Calcutta medical institutions reports 1892-1900
Year: 1892
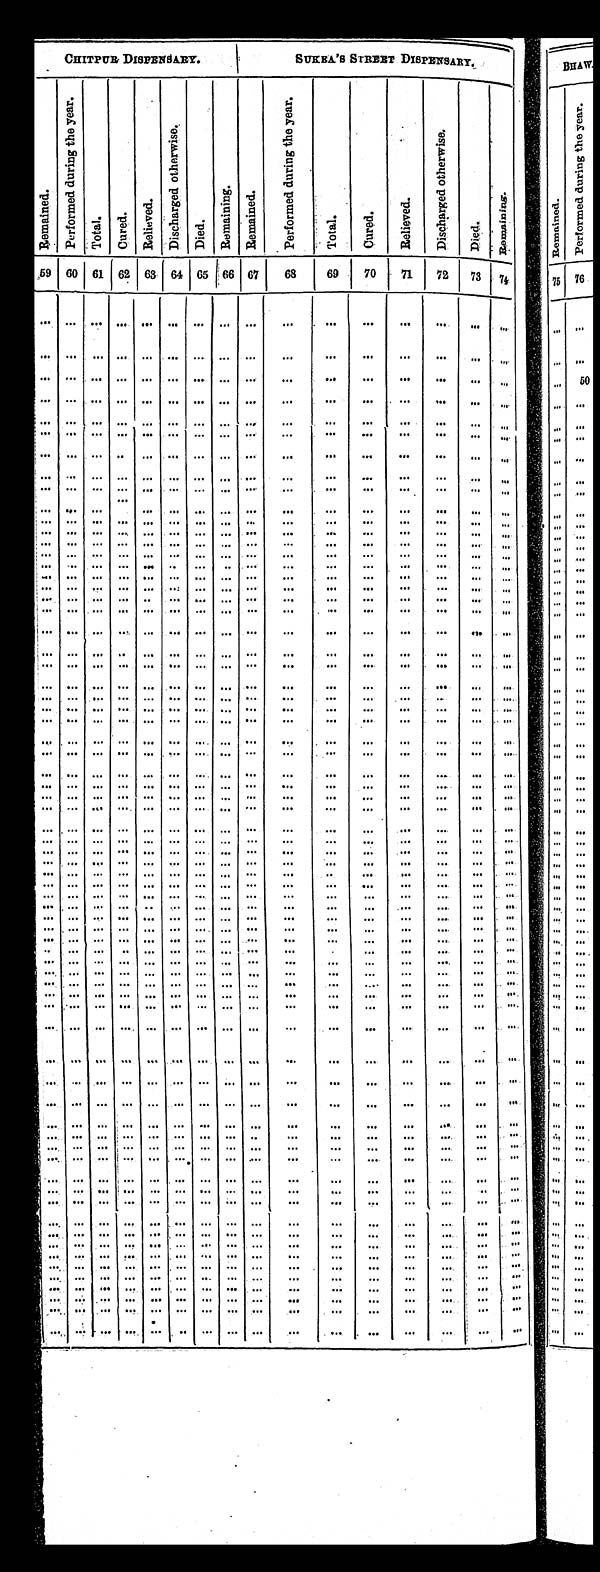
CHITPUR DISPENSARY .
SUKEA'S STREET DISPENSARY.
Remai ned.
P e r f o r m e d d u r i n g t h e y e a r .
Tot al . Cured.
R e l i e v e d .
D i s c h a r g e d o t h e r w i s e .
Di ed.
Remai ni ng. Remai ned.
P e r f o r m e d d u r i n g t h e y e a r .
Total.
Cured.
Rel i eved.
D i s c h a r g e d o t h e r w i s e .
Died.
Remai ni ng.
59 60 61 62 63 64 65 66 67
68
69
70
71
72
73 74
. . .
. . .. . .
. . .
. . .
. . .
. . .
. . .
. . .
. . .
. . .. . .
. . .
. . .
. . .
. . .
. . .
. . .
. . .
. . .
. . .
. . .
. . .
. . .
. . .
. . .
. . .. . .
. . .
. . .
. . .
. . .
. . .
. . .. . .
. . .
. . .
. . .
. . .
. . .
. . .
. . .
. . .. . .
. . .
. . .
. . .
. . .
. . .
. . . . . .
. . .
. . .
. . .
. . .
. . .
. . .
. . .
. . .. . .
. . .
. . .
. . .
. . .
. . .
. . .
. . .
. . .
. . .
. . .
. . .
. . .
. . .
. . .
. . .. . .
. . .
. . .
. . .
. . .
. . .
. . .
. . .
. . .
. . .
. . . . . .
. . .
. . .
. . .
. . .. . .
. . .
. . .
. . .
. . .
. . .
. . .
. . .
. . .
. . .
. . .
. . .
. . .
. . .
. . .
. . .. . .
. . .
. . .
. . .
. . .
. . .
. . .
. . .
. . .
. . .
. . .
. . .
. . .
. . .
. . .
. . .. . .
. . .
. . .
. . .
. . .
. . .
. . .
. . .
. . .
. . .
. . .
. . .
. . .
. . .
. . .
. . .. . .
. . .
. . .
. . .
. . .
. . .
. . .
. . .
. . .
. . .
. . .
. . .
. . .
. . .
. . .
. . .
. . .
. . .
. . .
. . .
. . .
. . .
. . .
. . .
. . .
. . .
. . .
. . .
. . .
. . .
. . .
. . .
. . .
. . .
. . .
. . .
. . .
. . .
. . .
. . .
. . .
. . .
. . .
. . .
. . .
. . .
. . .
. . .
. . .
. . .
. . .
. . .
. . .
. . .
. . .
. . .
. . .
. . .
. . .
. . .
. . .
. . .
. . .
. . .
. . .
. . .
. . .
. . .
. . .
. . .
. . .
. . .
. . .
. . .
. . .
. . .
. . .
. . .
. . .
. . .
. . .
. . .
. . .
. . .
. . .
. . .
. . .
. . .
. . .
. . .
. . .
. . .
. . .
. . .
. . .
. . .
. . .
. . .
. . .
. . .
. . .
. . .
. . .
. . .
. . .
. . .
. . .
. . .
. . .
. . .
. . .
. . .
. . .
. . .
. . .
. . .
. . .
. . .
. . .
. . .
. . .
. . .
. . .
. . .
. . .
. . .
. . .
. . .
. . .
. . .
. . .
. . .
. . .
. . .
. . .
. . .
. . .
. . .
. . .
. . .
. . .
. . .
. . .
. . .
. . .
. . .
. . .
. . .
. . .
. . .
. . .
. . .
. . .
. . .
. . .
. . .
. . .
. . .
. . .
. . .
. . .
. . .
. . .
. . .
. . .
. . .
. . .
. . .
. . .
. . .
. . .
. . .
. . .
. . .
. . .
. . .
. . .
. . .
. . .
. . .
. . .
. . .
. . .
. . .
. . .
. . .
. . .
. . .
. . .
. . .
. . .
. . .
. . .
. . .
. . .
. . .
. . .
. . .
. . .
. . .
. . .
. . .
. . .
. . .
. . .
. . .
. . .
. . .
. . .
. . .
. . .
. . .
. . .
. . .
. . .
. . .
. . .
. . .
. . .
. . .
. . .
. . .
. . .
. . .
. . .
. . .
. . .
. . .
. . .
. . .
. . .
. . .
. . .
. . .
. . .
. . .
. . .
. . .
. . .
. . .
. . .
. . .
. . .
. . .
. . .
. . .
. . .
. . .
. . .
. . .
. . .
. . .
. . .
. . .
. . .
. . .
. . .
. . .
. . .
. . .
. . .
. . .
. . .
. . .
. . .
. . .
. . .
. . .
. . .
. . .
. . .
. . .
. . .
. . .
. . .
. . .
. . .
. . .
. . .
. . .
. . .
. . .
. . .
. . .
. . .
. . .
. . .
. . .
. . .
. . .
. . .
. . .
. . .
. . .
. . .
. . .
. . .
. . .
. . .
. . .
. . .
. . .
. . .
. . .
. . .
. . .
. . .
. . .
. . .
. . .
. . .
. . .
. . .
. . .
. . .
. . .
. . .
. . .
. . .
. . .
. . .
. . .
. . .
. . .
. . .
. . .
. . .
. . .
. . .
. . .
. . .
. . .
. . .
. . .
. . .
. . .
. . .
. . .
. . .
. . .
. . .
. . .
. . .
. . .
. . . .
. . .
. . .
. . .
. . .
. . .
. . .
. . .
. . .
. . .
. . .
. . .
. . .
. . .
. . .
. . .
. . .
. . .
. . .
. . .
. . .
. . .
. . .
. . .
. . .
. . .
. . .
. . .
. . .
. . .
. . .
. . .
. . .
. . .
. . .
. . .
. . .
. . .
. . .
. . .
. . .
. . .
. . .
. . .
. . .
. . .
. . .
. . .
. . .
. . .
. . .
. . .
. . .
. . .
. . .
. . .
. . .
. . .
. . .
. . .
. . .
. . .
. . .
. . .
. . .
. . .
. . .
. . .
. . .
. . .
. . .
. . .
. . .
. . .
. . .
. . .
. . .
. . .
. . .
. . .
. . .
. . .
. . .
. . .
. . .
. . .
. . .
. . .
. . .
. . .
. . .
. . .
. . .
. . .
. . .
. . .
. . .
. . .
. . .
. . .
. . .
. . .
. . .
. . .
. . .
. . .
. . .
. . .
. . .
. . .
. . .
. . .
. . .
. . .
. . .
. . .
. . .
. . .
. . .
. . .
. . .
. . .
. . .
. . .
. . .
. . .
. . .
. . .
. . .
. . .
. . .
. . .
. . .
. . .
. . .
. . .
. . .
. . .
. . .
. . .
. . .
. . .
. . .
. . .
. . .
. . .
. . .
. . .
. . .
. . .
. . .
. . .
. . .
. . .
. . .
. . .
. . .
. . .
. . .
. . .
. . .
. . .
. . .
. . .
. . .
. . .
. . .
. . .
. . .
. . .
. . .
. . .
. . .
. . .
. . .
. . .
. . .
. . .
. . .
. . .
. . .
. . .
. . .
. . .
. . .
. . .
. . .
. . .
. . .
. . .
. . .
. . .
. . .
. . .
. . .
. . .
. . .
. . .
. . .
. . .
. . .
. . .
. . .
. . .
. . .
. . .
. . .
. . .
. . .
. . .
. . .
. . .
. . .
. . .
. . .
. . .
. . .
. . .
. . .
. . .
. . .
. . .
. . .
. . .
. . .
. . .
. . .
. . .
. . .
. . .
. . .
. . .
. . .
. . .
. . .
. . .
. . .
. . .
. . . . . .
. . .
. . .
. . .
. . .
. . .
. . .
. . .
. . .
. . .
. . .
. . .
. . .
. . .
. . .
. . .
. . .
. . .
. . .
. . .
. . .
. . .
. . .
. . .
. . .
. . .
. . .
. . .
. . .
. . .
. . .
. . .
. . .
. . .
. . .
. . .
. . .
. . .
. . .
. . .
. . .
. . .
. . .
. . .
. . .
. . .
. . .
. . .
. . .
. . .
. . .
. . .
. . .
. . .
. . .
. . .
. . .
. . .
. . .
. . .
. . .
. . .
. . .
. . .
. . .
. . .
. . .
. . .
. . .
. . .
. . .
. . .
. . .
. . .
. . .
. . .
. . .
. . .
. . .
. . .
. . .. . . . . .
. . .
. . .
. . .
. . .
. . .
. . .. . .
. . .
. . .
. . .
. . .
. . .
. . .. . . . . .
. . .
. . .
. . .
. . .
. . .
. . .
. . .. . .
. . .
. . .
. . .
. . .
. . .
. . .
. . .
. . .
. . .
. . .
. . .
. . .
. . .
. . .
. . .. . .
. . .
. . .
. . .
. . .
. . .
. . .
. . .
. . .
. . .
. . .
. . .
. . .
. . .
. . .
. . .. . .
. . .
. . .
. . .
. . .
. . .
. . .
. . .
. . .
. . .. . .
. . .
. . .
. . .
. . .
. . .. . .
. . .
. . .
. . .
. . .
. . .. . .
. . .
. . .. . . . . . . . .
. . .
. . .
. . .
. . .
. . .
. . .
. . .
. . .
. . .
. . .. . .
. . .
. . . . . . . . . . . .
. . .
. . .
. . .
. . .
. . .
. . .
. . .
. . .
. . .
. . .. . .
. . .
. . .. . . . . . . . .
. . .
. . .
. . .
. . .
. . .
. . .
. . .
. . .
. . .
. . .. . .
. . .
. . .. . . . . . . . .
. . .
. . .
. . .
. . .
. . .
. . .
. . .
. . .
. . .
. . .. . .
. . .
. . .. . . . . . . . .
. . .
. . .
. . .
. . .
. . .
. . .
. . .
. . .
. . .
. . . . . .
. . .
. . .
. . .
. . .
. . .
. . .
. . .
. . .
. . .
. . .
. . .
. . .
. . .
. . .
. . .
. . .
. . .
. . .
. . .
. . .
. . .
. . .
. . .
. . .
. . .
. . .
. . .
. . .
. . .
. . .
. . .
. . .
. . .
. . .
. . .
. . .
. . .
. . .
. . .
. . .
. . .
. . .
. . .
. . .
. . .
. . .
. . .
. . .
. . .
. . .
. . .
. . .
. . .
. . .
. . .
. . .
. . .
. . .
. . .
. . .
. . .
. . .
. . .
. . .
. . .
. . .
. . .
. . .
. . .
. . .
. . .
. . .
. . .
. . .
. . .
. . .
. . .
. . .
. . .
. . .
. . .
. . .
. . .
. . .
. . .
. . .
. . .
. . .
. . .
. . .
. . .
. . .
. . .
. . .
. . .
. . .
. . .
. . .
. . .
. . .
. . .
. . .
. . .
. . .
. . .
. . .
. . .
. . .
. . .
. . .
. . .
. . .
. . .
. . .
. . .
. . .
. . .
. . .
. . .
. . .
. . .
. . .
. . .
. . .
. . .
. . .
. . .
. . .
. . . . . .
. . .
. . .
. . .
. . .
. . .
. . .
. . .
. . .
. . .
. . .
. . .
. . .
. . .
. . .
. . .
. . .
. . .
. . .
. . .
. . .
. . .
. . .
. . .
. . .
. . .
. . .
. . .
. . .